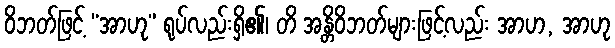
ဝိဘတ်ဖြင့် “အာဟု” ရုပ်လည်းရှိ၏၊ တိ အန္တိဝိဘတ်များဖြင့်လည်း အာဟ, အာဟု